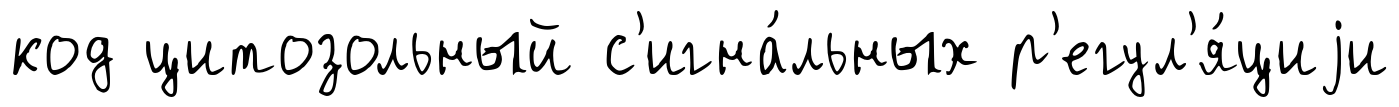
код цитозольный с'игна́льных р'егул'я́циjи